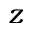
z